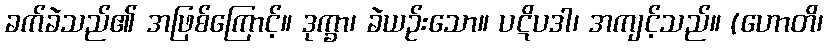
ခက်ခဲသည်၏ အဖြစ်ကြောင့်။ ဒုက္ခာ၊ ခဲယဉ်းသော။ ပဋိပဒါ၊ အကျင့်သည်။ (ဟောတိ၊